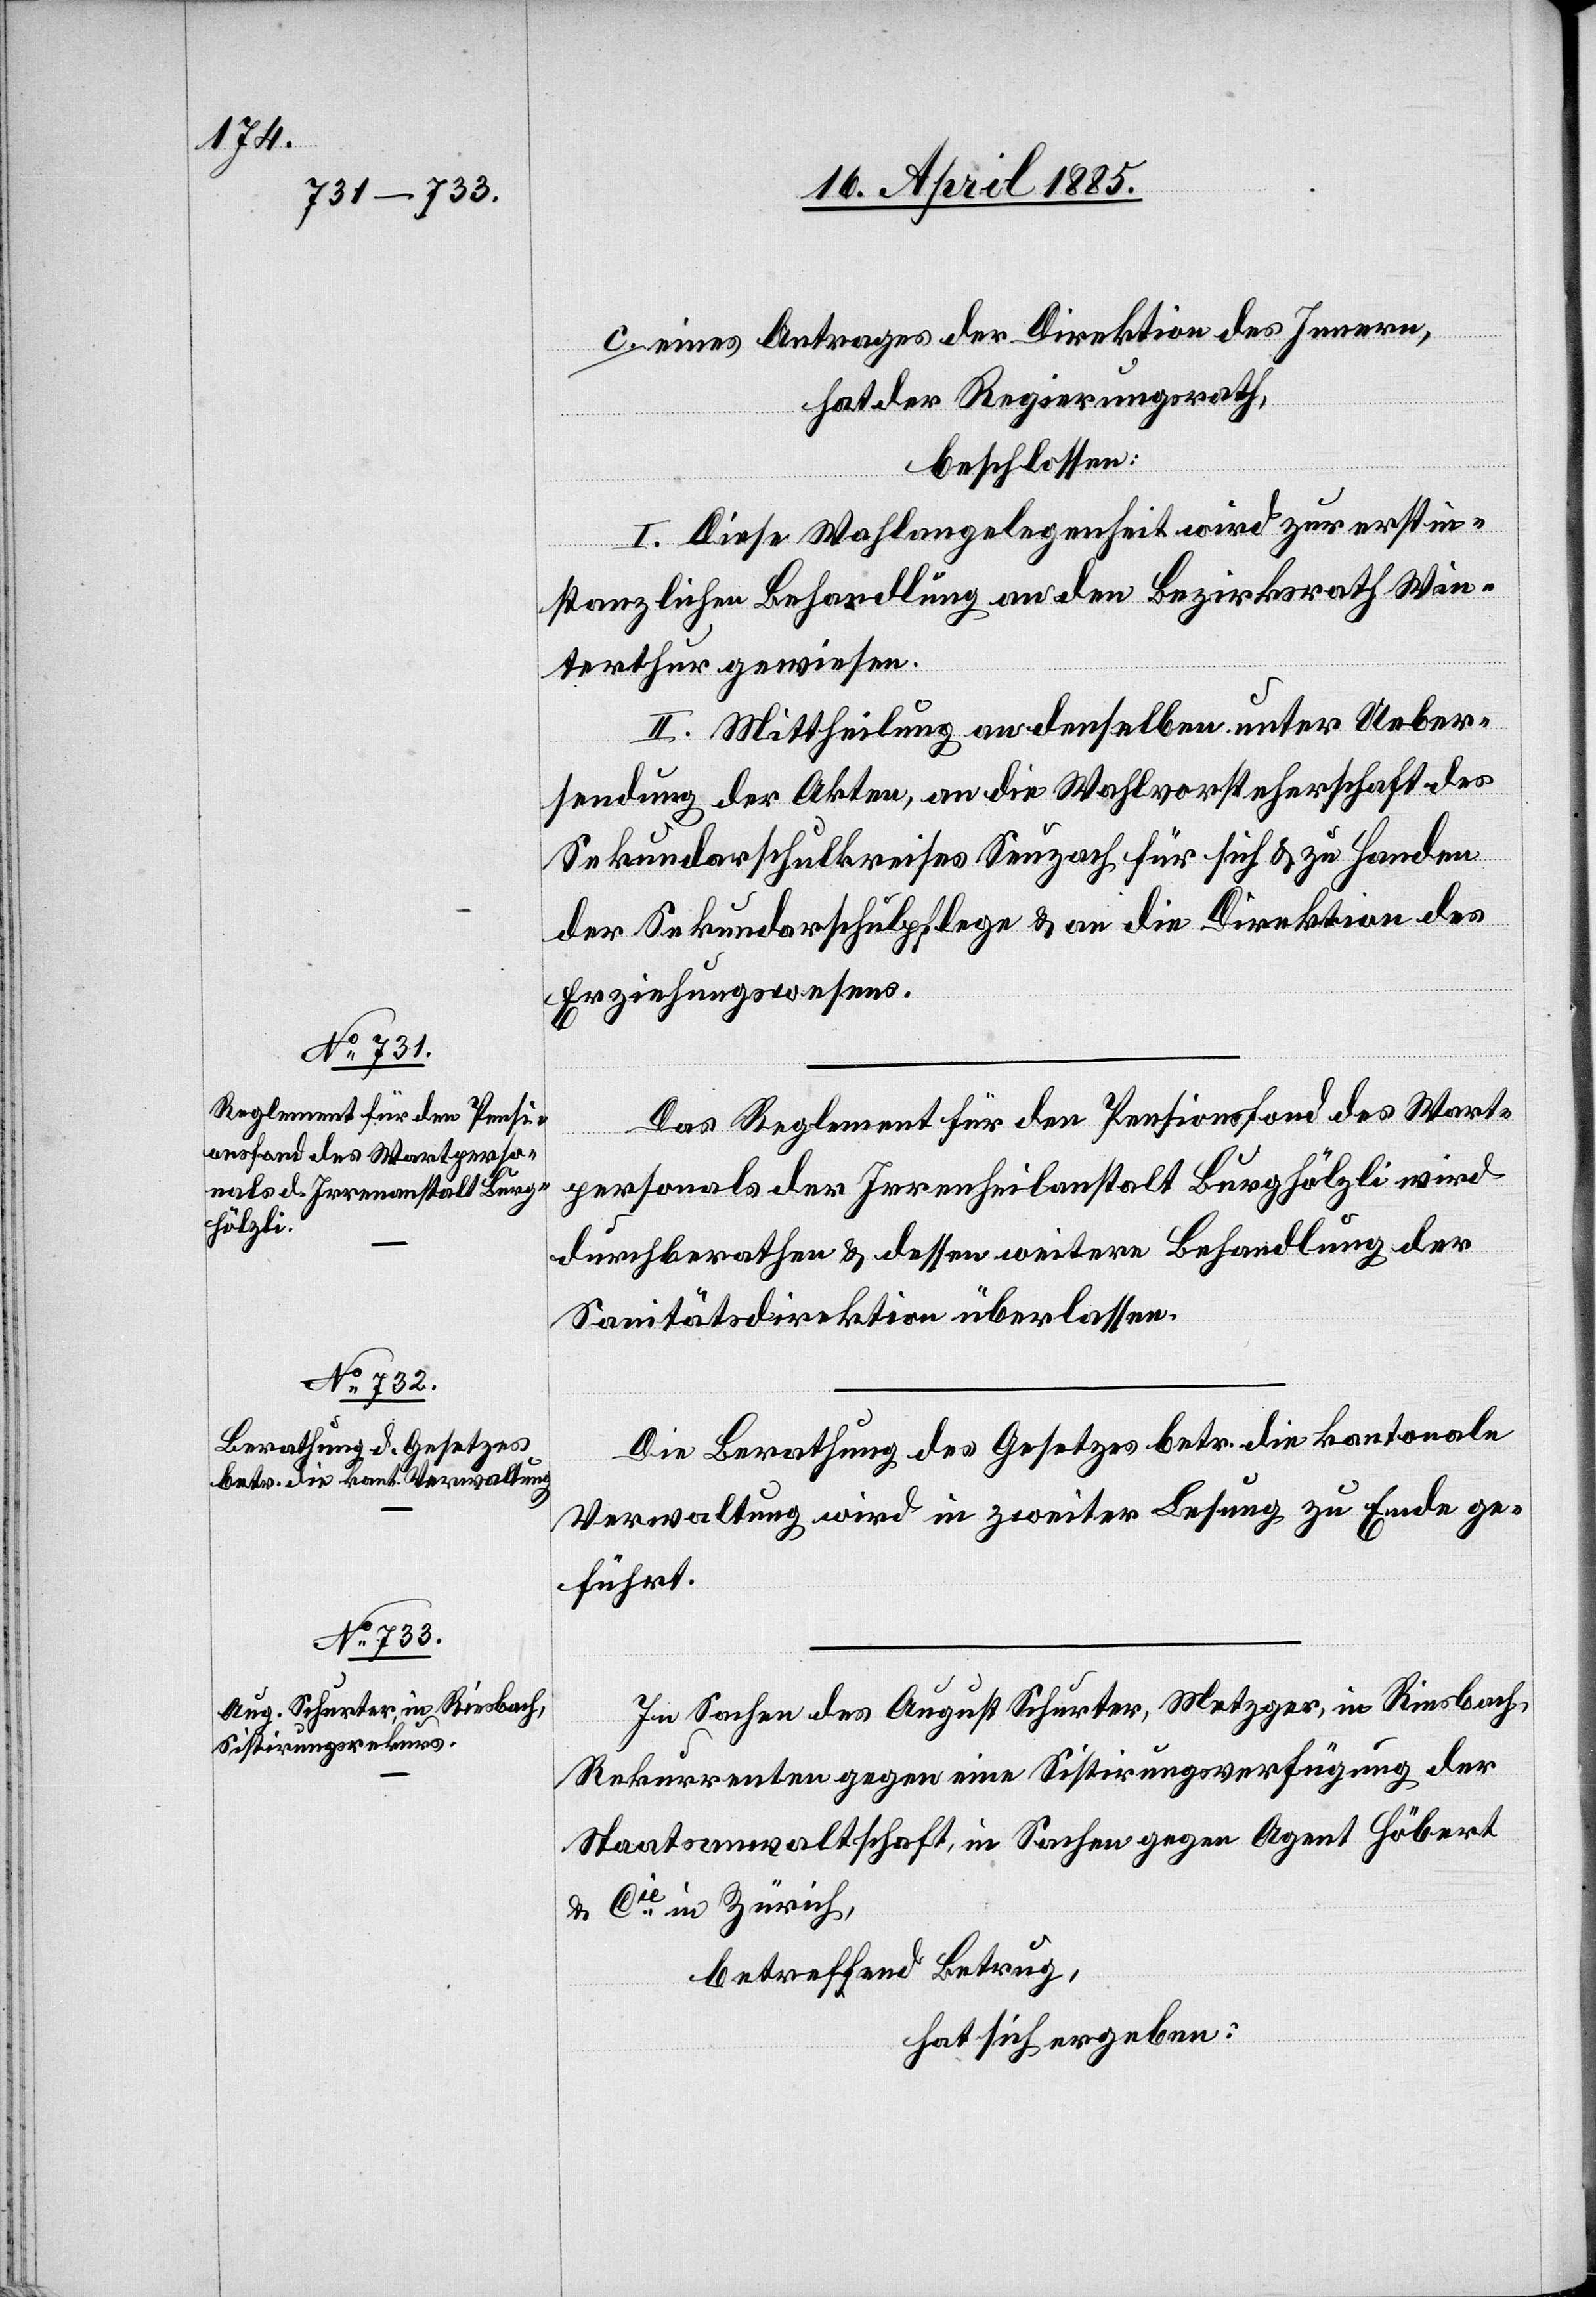
c. eines Antrages der Direktion des Innern,
hat der Regierungsrath
beschlossen:
I. Diese Wahlangelegenheit wird zur erstin¬
stanzlichen Behandlung an den Bezirksrath Win¬
terthur gewiesen.
II. Mittheilung an denselben unter Ueber¬
sendung der Akten, an die Wahlvorsteherschaft des
Sekundarschulkreises Seuzach für sich & zu Handen
der Sekundarschulpflege & an die Direktion des
Erziehungswesens.
Das Reglement für den Pensionsfond des Wart¬
personals der Irrenheilanstalt Burghölzli wird
durchberathen & dessen weitere Behandlung der
Sanitätsdirektion überlassen.
Die Berathung des Gesetzes betr. die kantonale
Verwalthung wird in zweiter Lesung zu Ende ge¬
führt.
In Sachen des August Schurter, Metzger, in Riesbach,
Rekurrenten gegen eine Sistirungsverfügung der
Staatsanwaltschaft, in Sachen gegen Agent Höbert
& Cie in Zürich,
betreffend Betrug,
hat sich ergeben: